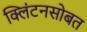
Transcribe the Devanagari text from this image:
क्लिंटनसोबत